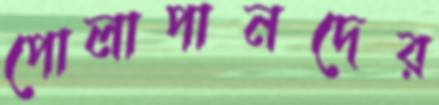
পোলাপানদের